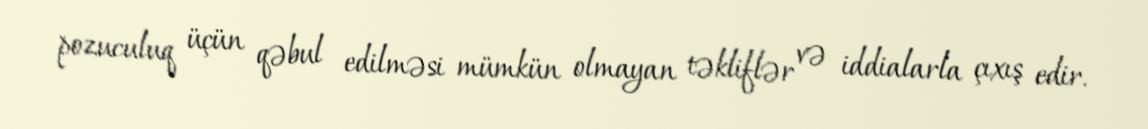
pozuculuq üçün qəbul edilməsi mümkün olmayan təkliflər və iddialarla çıxış edir.